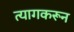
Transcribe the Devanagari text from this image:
त्यागकरून